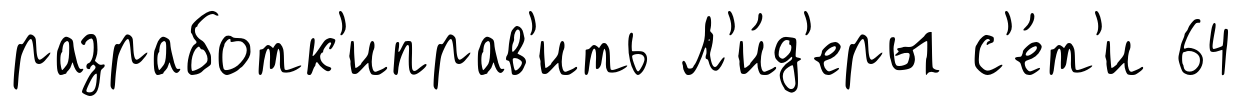
разработк'иправ'ить Л'и́д'еры с'е́т'и 64